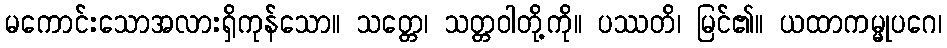
မကောင်းသောအလားရှိကုန်သော။ သတ္တေ၊ သတ္တဝါတို့ကို။ ပဿတိ၊ မြင်၏။ ယထာကမ္မုပဂေ၊